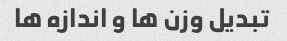
تبدیل وزن ها و اندازه ها